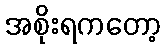
အစိုးရကတော့